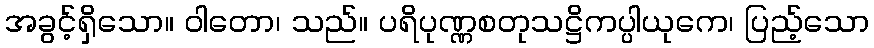
အခွင့်ရှိသော။ ဝါတော၊ သည်။ ပရိပုဏ္ဏစတုသဋ္ဌိကပ္ပါယုကေ၊ ပြည့်သော